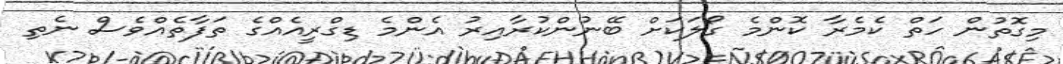
މިގޮތުން ހަތް ކެމެރާ ކޮންމެ ގޯލަކަށް ބޭނުންކުރާއިރު އެންމެ ޑިގްރީއެއްގެ ތަފާތެއްވެސް ނެތި